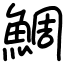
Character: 鯛